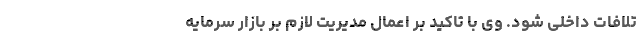
تلافات داخلی شود. وی با تاکید بر اعمال مدیریت لازم بر بازار سرمایه